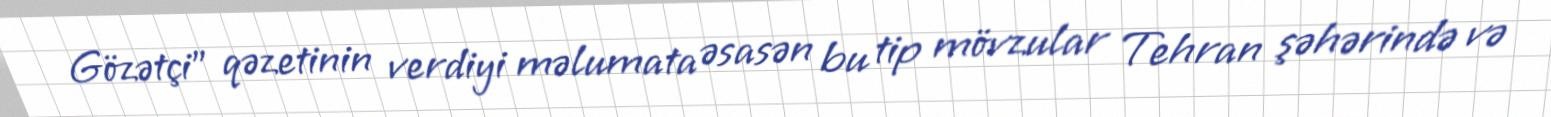
Gözətçi" qəzetinin verdiyi məlumata əsasən bu tip mövzular Tehran şəhərində və